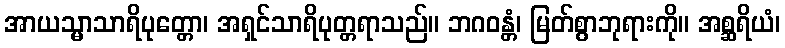
အာယသ္မာသာရိပုတ္တော၊ အရှင်သာရိပုတ္တရာသည်။ ဘဂဝန္တံ၊ မြတ်စွာဘုရားကို။ အစ္ဆရိယံ၊